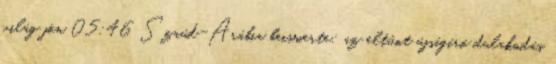
világ jön 05:46 Szaúd-Arábia beismerte: az eltűnt újságíró dulakodás